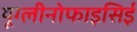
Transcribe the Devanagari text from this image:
यूग्लीनोफाइसिई